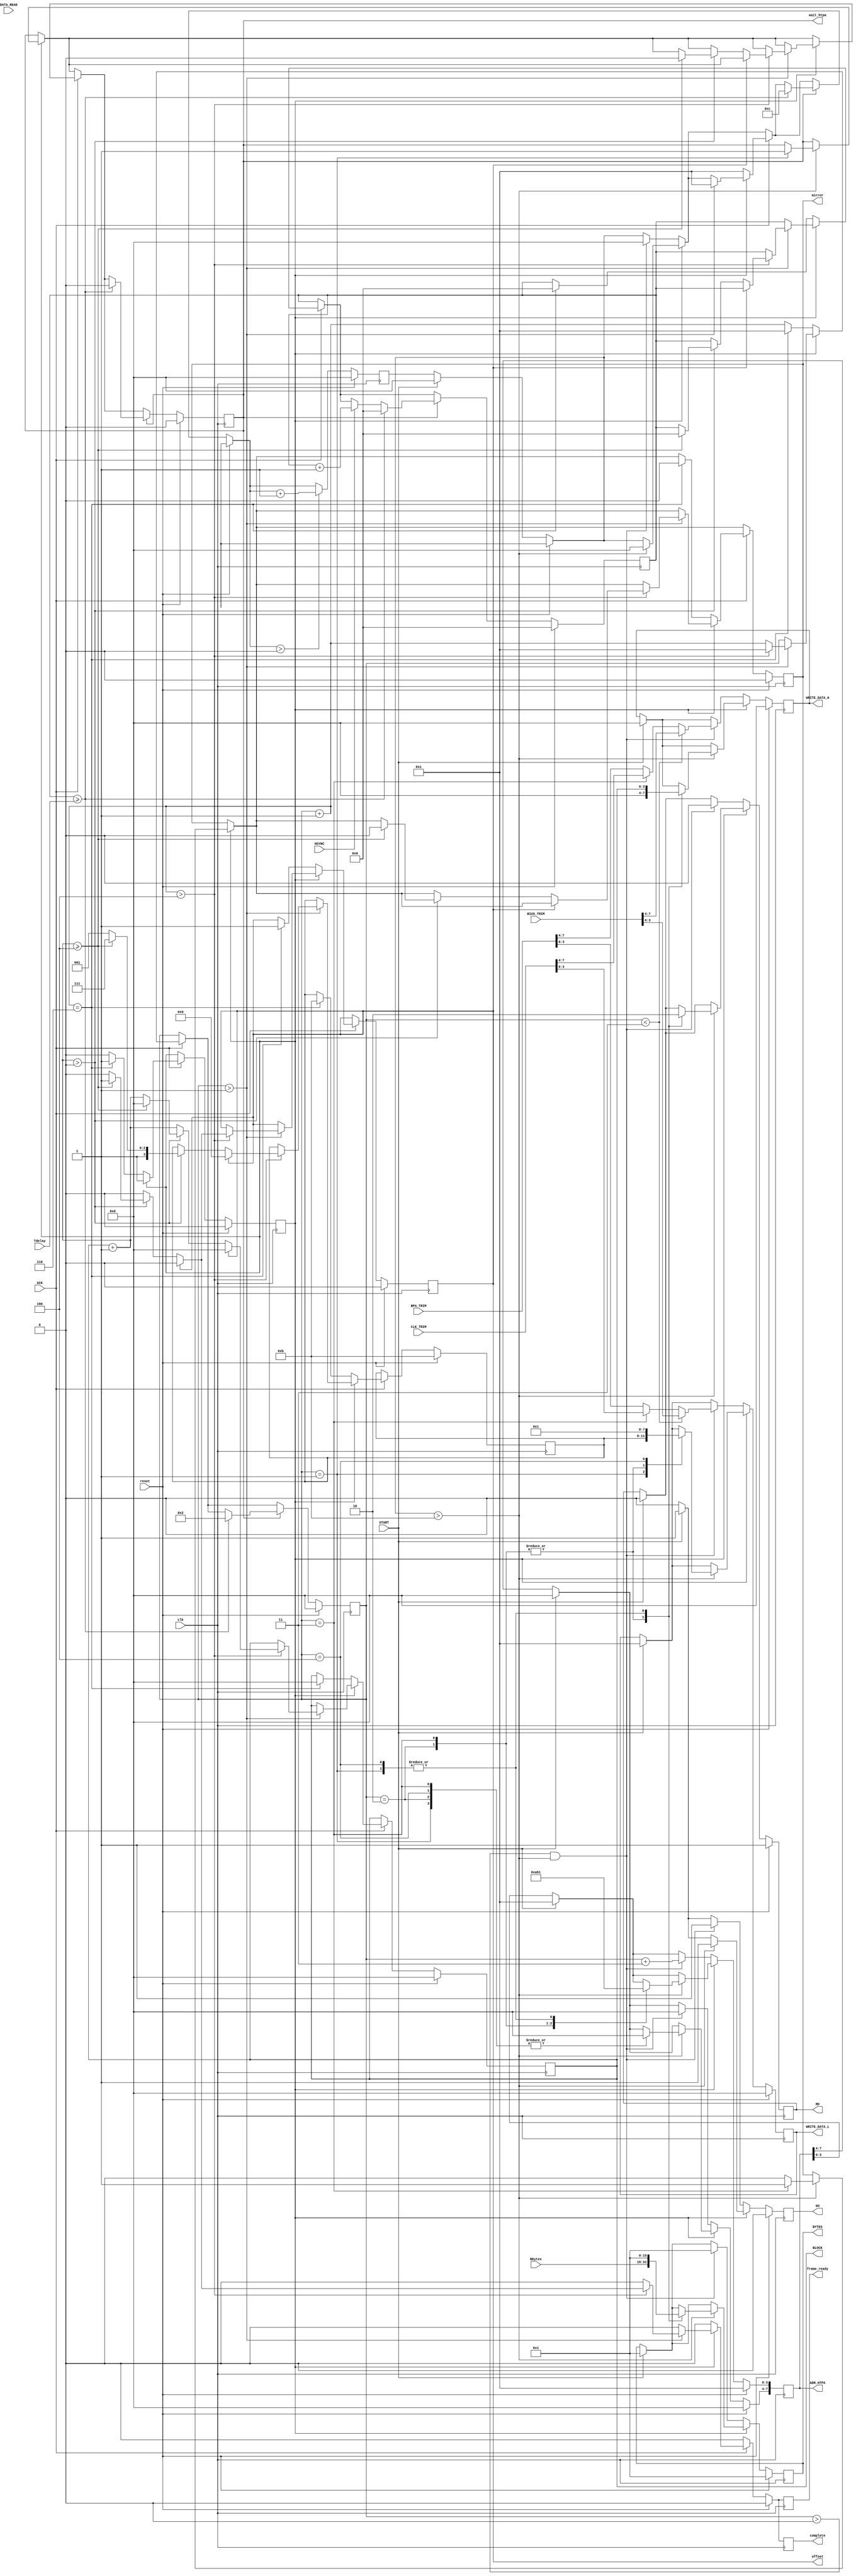
module HTPA_READER1310(
	input wire clk,
	input wire reset,
	input wire START,
	input wire ACK,
	input wire [7:0] DATA_READ,
	input HSYNC,
	input wire [7:0] BIAS_TRIM,
	input wire [7:0] BPA_TRIM,
	input wire [7:0] CLK_TRIM,
	input wire [9:0] Tdelay,
	input wire [15:0] Nbytes,
	output reg GO,
	output reg [7:0]ADR_HTPA,
	output reg RD,
	output reg [3:0]WRITE_DATA_L,
	output reg [3:0]WRITE_DATA_H,
	output reg [15:0]BYTES,
	output reg complete,
	output reg mirror,
	output reg offset = 0,
	output reg wait_htpa = 0,
	output reg [3:0] BLOCK,
	output reg frame_ready = 0
	);
reg read;	
reg [3:0] cnt = 0;	
reg [3:0] cnt_buf = 0;	
reg [3:0] CONFIG = 4'b1011;
reg [9:0] wait_cnt = 0;

		
always @(posedge clk) begin
if(reset==1) begin	
	GO <= 0;
	ADR_HTPA <= 8'd1;
	WRITE_DATA_L <= 4'd0;
	WRITE_DATA_H <= 4'd0;
	RD <= 1;
	BYTES <= 16'd1;
	BLOCK = 4'd0;
	cnt=0;
	cnt_buf = 0;
	CONFIG = 4'b1011;
	read <= 0;
	complete <= 0;
	wait_cnt <= 0;
	offset = 0;
	wait_htpa <= 0;
	frame_ready <= 0;
	mirror <=0;
end
else begin
	if (frame_ready == 1)
		frame_ready <= 0;
	if (GO==1) 
		GO <=0;
	if (complete==1) 
		complete <=0;
	//  HTPA //
	if (START == 1) begin
		ADR_HTPA <= 8'h01;
		WRITE_DATA_L <= 4'b0001;
		WRITE_DATA_H <= 4'b0000;
		RD <= 0;
		BYTES <= 16'd1;
		cnt_buf = 0;
		GO <= 1;
	end;
	//    HTPA //
	if (read==0) begin
		if ((cnt>0) && (cnt_buf > 4'd11)) begin  
			ADR_HTPA[7:4] <= 4'd0;
			ADR_HTPA[3:0] <= cnt+4'd3;
			if (cnt < 3) begin				
				WRITE_DATA_L <= BIAS_TRIM[3:0];
				WRITE_DATA_H <= BIAS_TRIM[7:4];

			end
			else if (cnt==3) begin
				WRITE_DATA_L <= CLK_TRIM[3:0];
				WRITE_DATA_H <= CLK_TRIM[7:4];

			end
			else begin
				WRITE_DATA_L <= BPA_TRIM[3:0];
				WRITE_DATA_H <= BPA_TRIM[7:4];
			end
			RD <= 0;
			BYTES <= 16'd1;
			cnt_buf = 0;
			GO <= 1;
		end
	end
	////  HTPA   ////
	else begin 
		if (cnt_buf > 4'd11) begin
			mirror <= 0;	
			case(cnt)
				// 1 -  N- 
				1: begin 
					ADR_HTPA <= 8'h01;
					WRITE_DATA_L <= CONFIG;
					WRITE_DATA_H <= BLOCK;
					RD <= 0;
					BYTES <= 16'd1;
					wait_htpa<=1;
				end
				// 2 -   #0 TOP HALF 
				2: begin
					ADR_HTPA <= 8'h0A;
					WRITE_DATA_L <= 4'd0;
					WRITE_DATA_H <= 4'd0;
					RD <= 1;
					BYTES <= Nbytes;
				end
				// 3 -   #0 Bottom HALF 
				3: begin
					ADR_HTPA <= 8'h0B;
					WRITE_DATA_L <= 4'd0;
					WRITE_DATA_H <= 4'd0;
					RD <= 1;
					BYTES <= Nbytes;
					mirror <= 1;
				end
				// 4 -  
				4: begin
					ADR_HTPA <= 8'h01;
					WRITE_DATA_L <= 4'b0001;
					WRITE_DATA_H <= BLOCK;
					RD <= 0;
					BYTES <= 16'd1;
				end
			endcase;
			cnt_buf = 0;
			GO <= 1;
		end
	end //  

	//   	
	if (ACK == 1) begin
		if (read==1) begin
			if (cnt > 3'd1) begin
				cnt_buf = 1; //   
				cnt=cnt+1; //  	
				////// //////////
				//   -     
				if (cnt > 4)  begin 
					cnt=1;
					if (offset == 1) begin //  ffset    0 ,    
						BLOCK = 4'd0;
						offset <= 0;
						CONFIG = 4'b1001;
					end
					else begin
						BLOCK = BLOCK+1;
						if (BLOCK > 4'd0) begin
							if (BLOCK >= 4'd4) begin 
							//     !!!!!!!
								cnt=1;
								offset <= 1; //   Offset!
								mirror <= 0;
								CONFIG = 4'b1111; //   PTAT,  VDD
								wait_cnt <= 0;
								complete <=1;
								wait_htpa <=0;
								BLOCK =4'd0;
								frame_ready <= 1; //   
							end
							else begin //  
								CONFIG = 4'b1001;
								offset <= 0;	// offset read
							end;
						end;
					end;
				end
			end
		end
		/////   ///////////////
		else begin
			cnt_buf = 1; //   
			cnt=cnt+1;
			if (cnt==6) begin
				read<=1;
				cnt=1;
				offset <= 1;
				mirror <= 0;
				CONFIG = 4'b1011;
				wait_cnt <= 0;
				BLOCK = 4'd0;
			end
		end
	end;
	//   
	if (wait_htpa==1) begin
		if (HSYNC==1) 
			wait_cnt <= wait_cnt+1;
		if (wait_cnt >= Tdelay) begin //432
			wait_htpa <= 0;
			wait_cnt <= 0;
			cnt=2;
			cnt_buf = 12;
		end;
	end;
	//  
	if (cnt_buf > 0)
		cnt_buf=cnt_buf+1; 
	end
end
endmodule